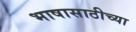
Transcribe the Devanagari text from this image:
भाषासाठीच्या